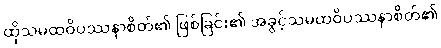
ထိုသမထဝိပဿနာစိတ်၏ ဖြစ်ခြင်း၏ အခွင့်သမထဝိပဿနာစိတ်၏